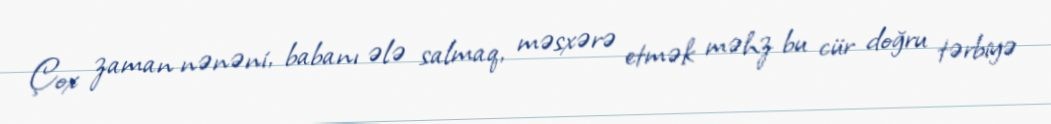
Çox zaman nənəni, babanı ələ salmaq, məsxərə etmək məhz bu cür doğru tərbiyə